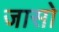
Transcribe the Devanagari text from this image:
जासो